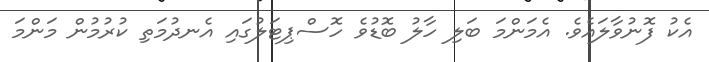
އެކު ފޮނުވާލައެވެ. އެމަންމަ ބަލި ހާލު ބޮޑުވެ ހޮސްޕިޓަލުގައި އެނދުމަތި ކުރުމުން މަންމަ